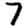
Digit: 7